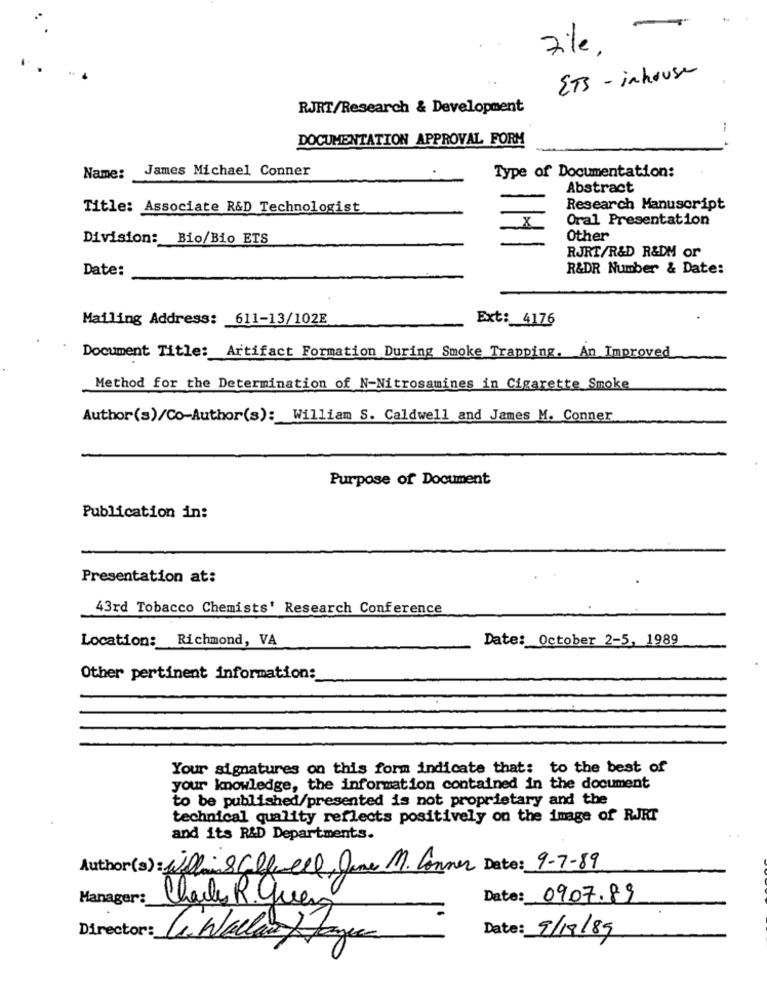
-
ETS - inhouse
RJRT/Research & Development
1
DOCUMENTATION APPROVAL FORM
James Michael Conner
Type of Documentation:
Name:
Abstract
Title: Associate R&D Technologist
Research Manuscript
Oral Presentation
Division: Bio/Bio ETS
Other
RJRT/R&D R&DM or
Date:
R&DR Number & Date:
Mailing Address: 611-13/102E
Ext: 4176
Document Title: Artifact Formation During Smoke Trapping, An Improved
Method for the Determination of N-Nitrosamines in Cigarette Smoke
Author(s)/Co-Author(s): William S. Caldwell and James M. Conner
Purpose of Document
Publication in:
Presentation at:
43rd Tobacco Chemists' Research Conference
Location: Richmond, VA
Date: October 2-5, 1989
Other pertinent information:
Your signatures on this form indicate that: to the best of
your knowledge, the information contained in the document
to be published/presented is not proprietary and the
technical quality reflects positively on the image of RJRT
and its R&D Departments.
Author(s): WillisCaldwell, Jane M. Conner Date: 9-7-89
Manager:
Date: 09.07.89
Charles R. grenz
Director:
Date: 9/19/89
La Wallas Tage